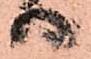
り